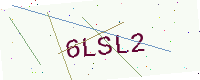
Text: 6LSL2